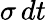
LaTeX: \sigma\, dt